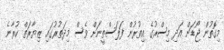
މިގޮތުން ޖޯޑަން އަދި މިސްރުގެ އިތުރުން ފަލަސްތީނަށް ވެސް މިދަތުރުގައި ޒިޔާރަތް ކުރާނެ